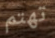
تهتم